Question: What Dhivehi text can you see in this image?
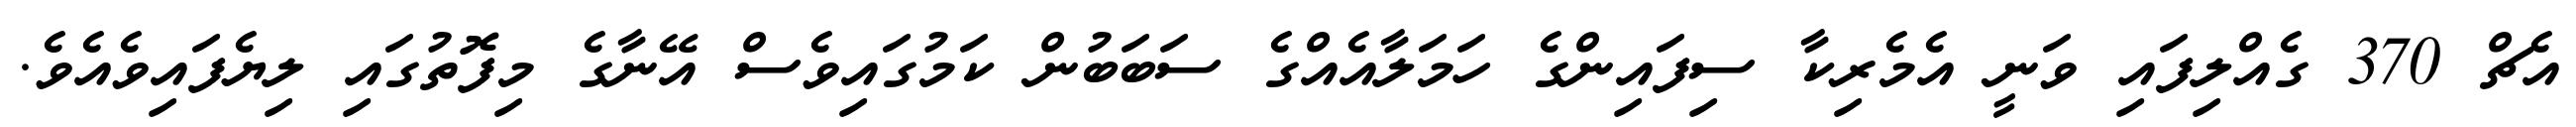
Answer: އެޗް 370 ގެއްލިފައި ވަނީ އެމެރިކާ ސިފައިންގެ ހަމަލާއެއްގެ ސަބަބުން ކަމުގައިވެސް އޭނާގެ މިފޮތުގައި ލިޔެފައިވެއެވެ.